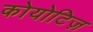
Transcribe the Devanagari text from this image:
कोयोटिज़